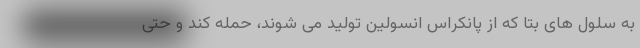
به سلول های بتا که از پانکراس انسولین تولید می شوند، حمله کند و حتی